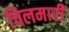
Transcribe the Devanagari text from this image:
चिलमारी